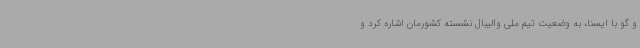
و گو با ایسنا، به وضعیت تیم ملی والیبال نشسته کشورمان اشاره کرد و